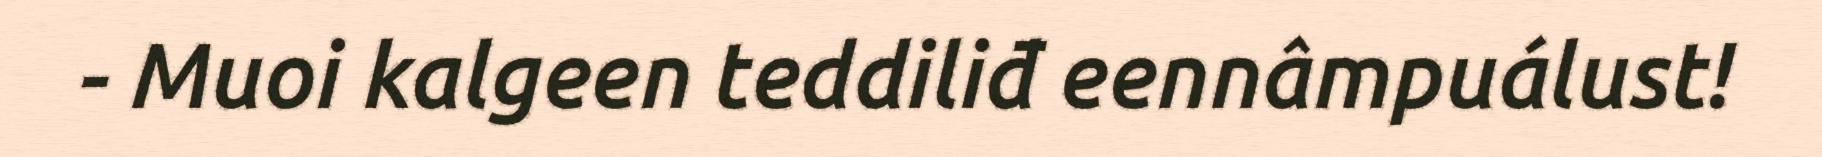
- Muoi kalgeen teddiliđ eennâmpuálust!